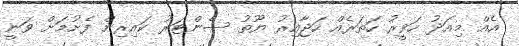
އެއް މިއަދު ހަވީރު ހަތަރެއް ހަޖާއިރު ޔޫތު ސެންޓަރު ކައިރިން ފެށުމަށް ވަނީ